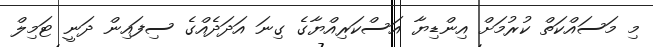
މި މަސައްކަތް ކުރުމަށް އިންޑިޔާ އަސްކަރިއްޔާގެ ގިނަ އަދަދެއްގެ ސިފައިން ދަނީ ޓަމިލް